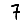
Digit: 7